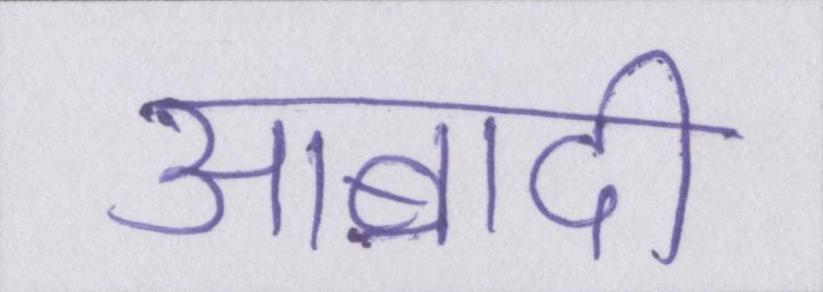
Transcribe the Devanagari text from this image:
आबादी